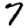
Digit: 7